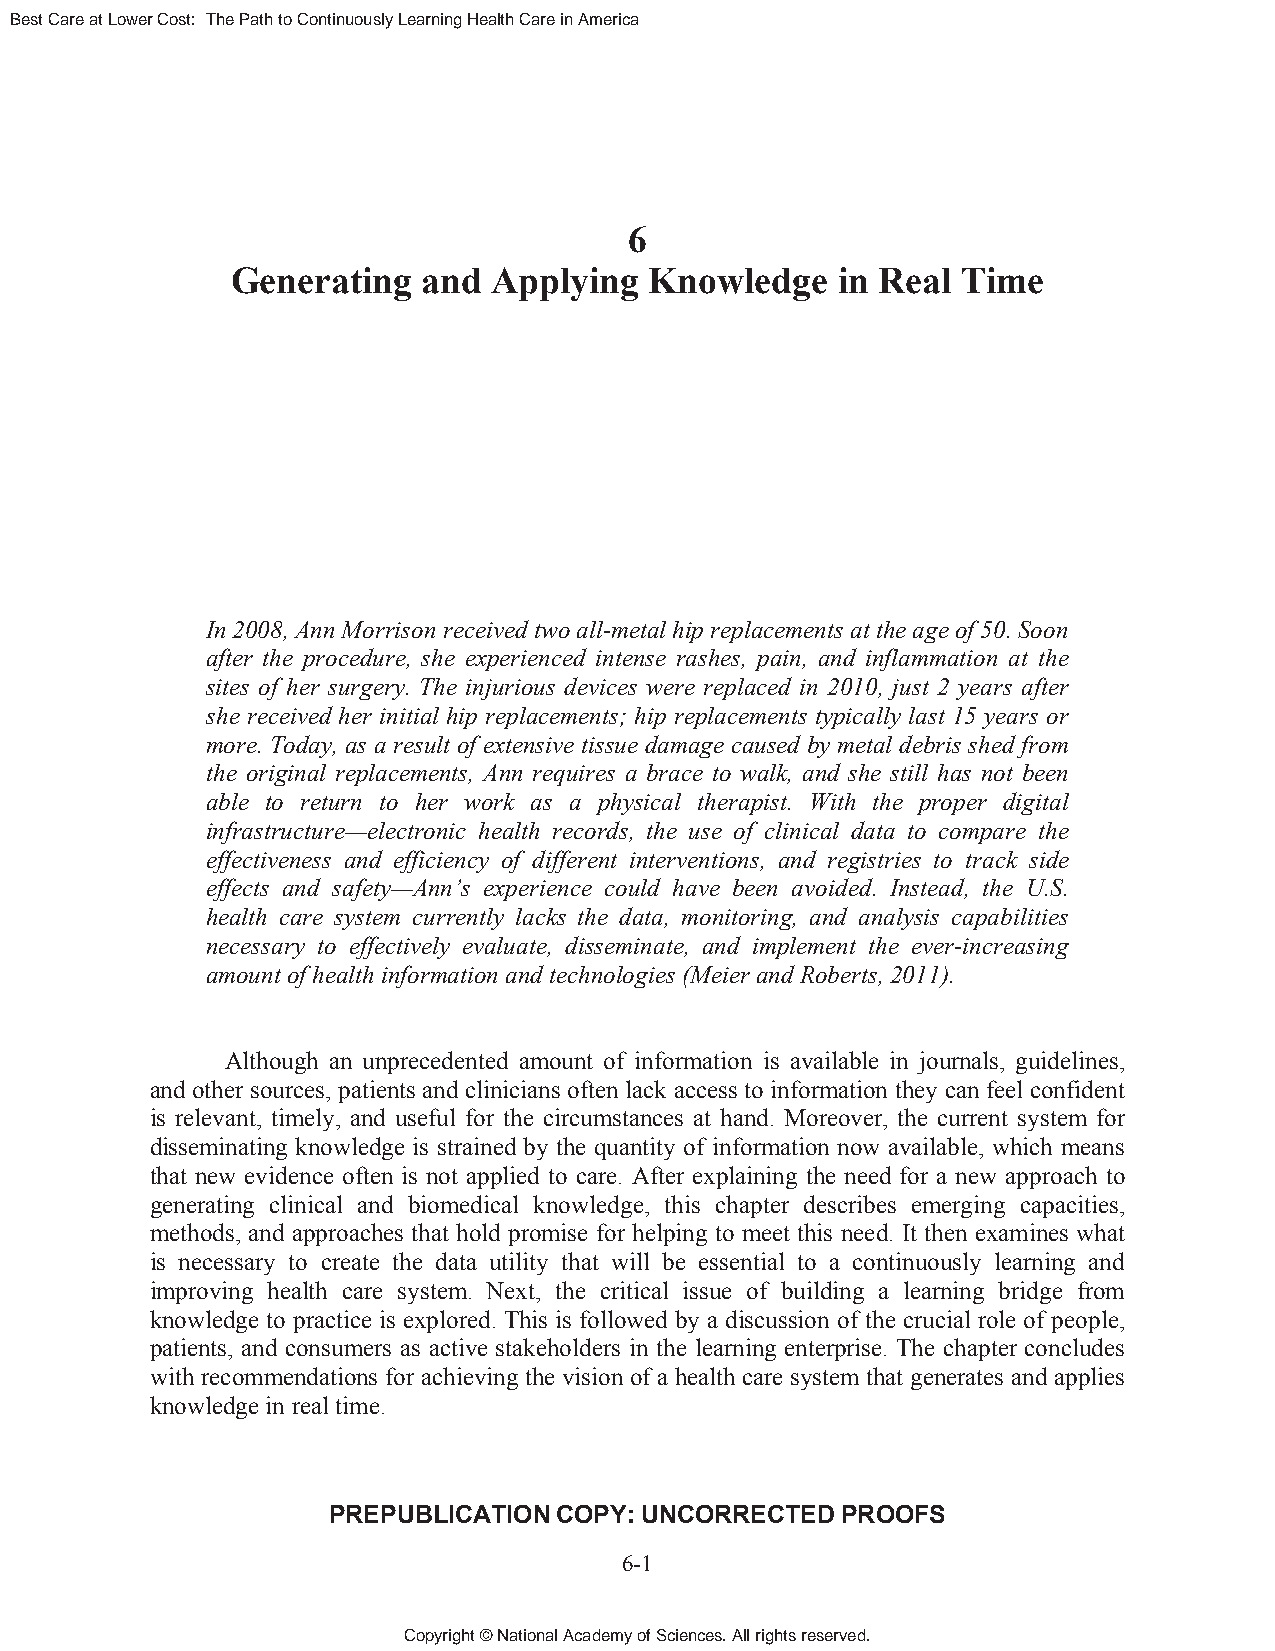
Best Care at Lower Cost: The Path to Continuously Learning Health Care in America
 6
 Generating   and  Applying  Knowledge   in Real  Time
 In 2008, Ann Morrison received two all-metal hip replacements at the age of 50. Soon
 after the procedure, she experienced intense rashes, pain, and inflammation at the
 sites of her surgery. The injurious devices were replaced in 2010, just 2 years after
 she received her initial hip replacements; hip replacements typically last 15 years or
 more. Today, as a result of extensive tissue damage caused by metal debris shed from
 the original replacements, Ann requires a brace to walk, and she still has not been
 able to return to her work as a physical therapist. With the proper digital
 infrastructure—electronic health records, the use of clinical data to compare the
 effectiveness and efficiency of different interventions, and registries to track side
 effects and safety—Ann’s experience could have been avoided. Instead, the U.S.
 health care system currently lacks the data, monitoring, and analysis capabilities
 necessary to effectively evaluate, disseminate, and implement the ever-increasing
 amount of health information and technologies (Meier and Roberts, 2011).
 Although an unprecedented amount of information is available in journals, guidelines,
 and other sources, patients and clinicians often lack access to information they can feel confident
 is relevant, timely, and useful for the circumstances at hand. Moreover, the current system for
 disseminating knowledge is strained by the quantity of information now available, which means
 that new evidence often is not applied to care. After explaining the need for a new approach to
 generating clinical and biomedical knowledge, this chapter describes emerging capacities,
 methods, and approaches that hold promise for helping to meet this need. It then examines what
 is necessary to create the data utility that will be essential to a continuously learning and
 improving health care system. Next, the critical issue of building a learning bridge from
 knowledge to practice is explored. This is followed by a discussion of the crucial role of people,
 patients, and consumers as active stakeholders in the learning enterprise. The chapter concludes
 with recommendations for achieving the vision of a health care system that generates and applies
 knowledge in real time.
 PREPUBLICATION COPY: UNCORRECTED  PROOFS
 6-1
 Copyright © National Academy of Sciences. All rights reserved.